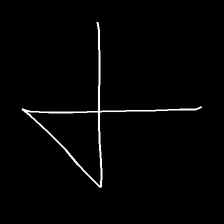
Glyph: collection